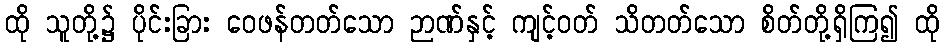
ထို သူတို့၌ ပိုင်းခြား ဝေဖန်တတ်သော ဉာဏ်နှင့် ကျင့်ဝတ် သိတတ်သော စိတ်တို့ရှိကြ၍ ထို